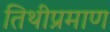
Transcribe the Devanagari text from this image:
तिथीप्रमाण